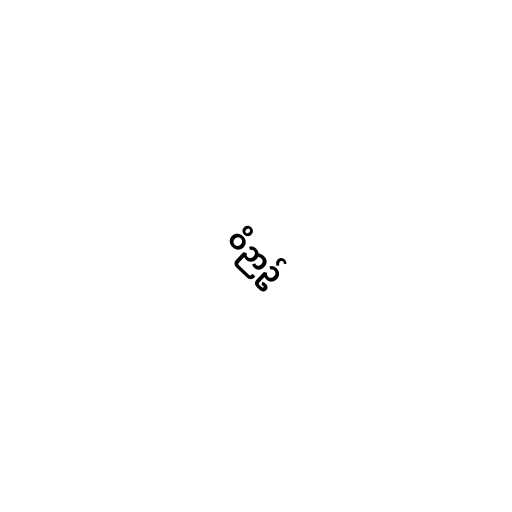
ဝိဉာဥ်